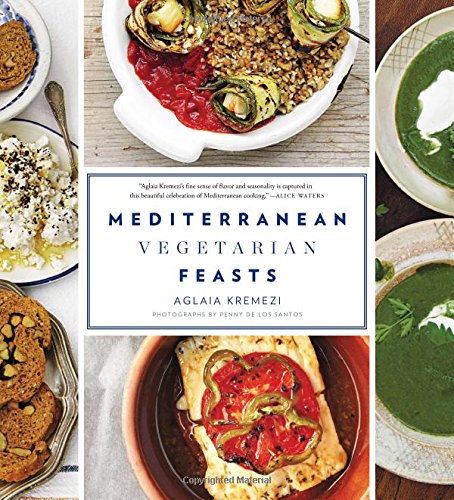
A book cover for Mediterranean Vegetarian Feasts; Aglaia Kremezi; Cookbooks, Food & Wine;